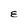
Character: E